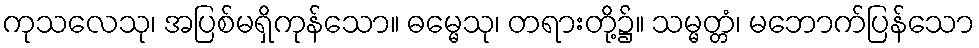
ကုသလေသု၊ အပြစ်မရှိကုန်သော။ ဓမ္မေသု၊ တရားတို့၌။ သမ္မတ္တံ၊ မဘောက်ပြန်သော